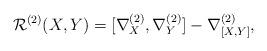
LaTeX: \begin{align*} \mathcal R^{(2)}(X,Y)=[\nabla^{(2)}_X,\nabla^{(2)}_Y]-\nabla^{(2)}_{[X,Y]}, \end{align*}